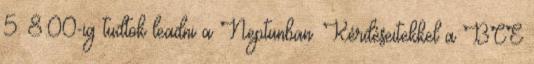
5. 8:00-ig tudtok leadni a Neptunban. Kérdéseitekkel a BCE